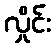
လှိုင်း